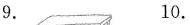
9. 10.